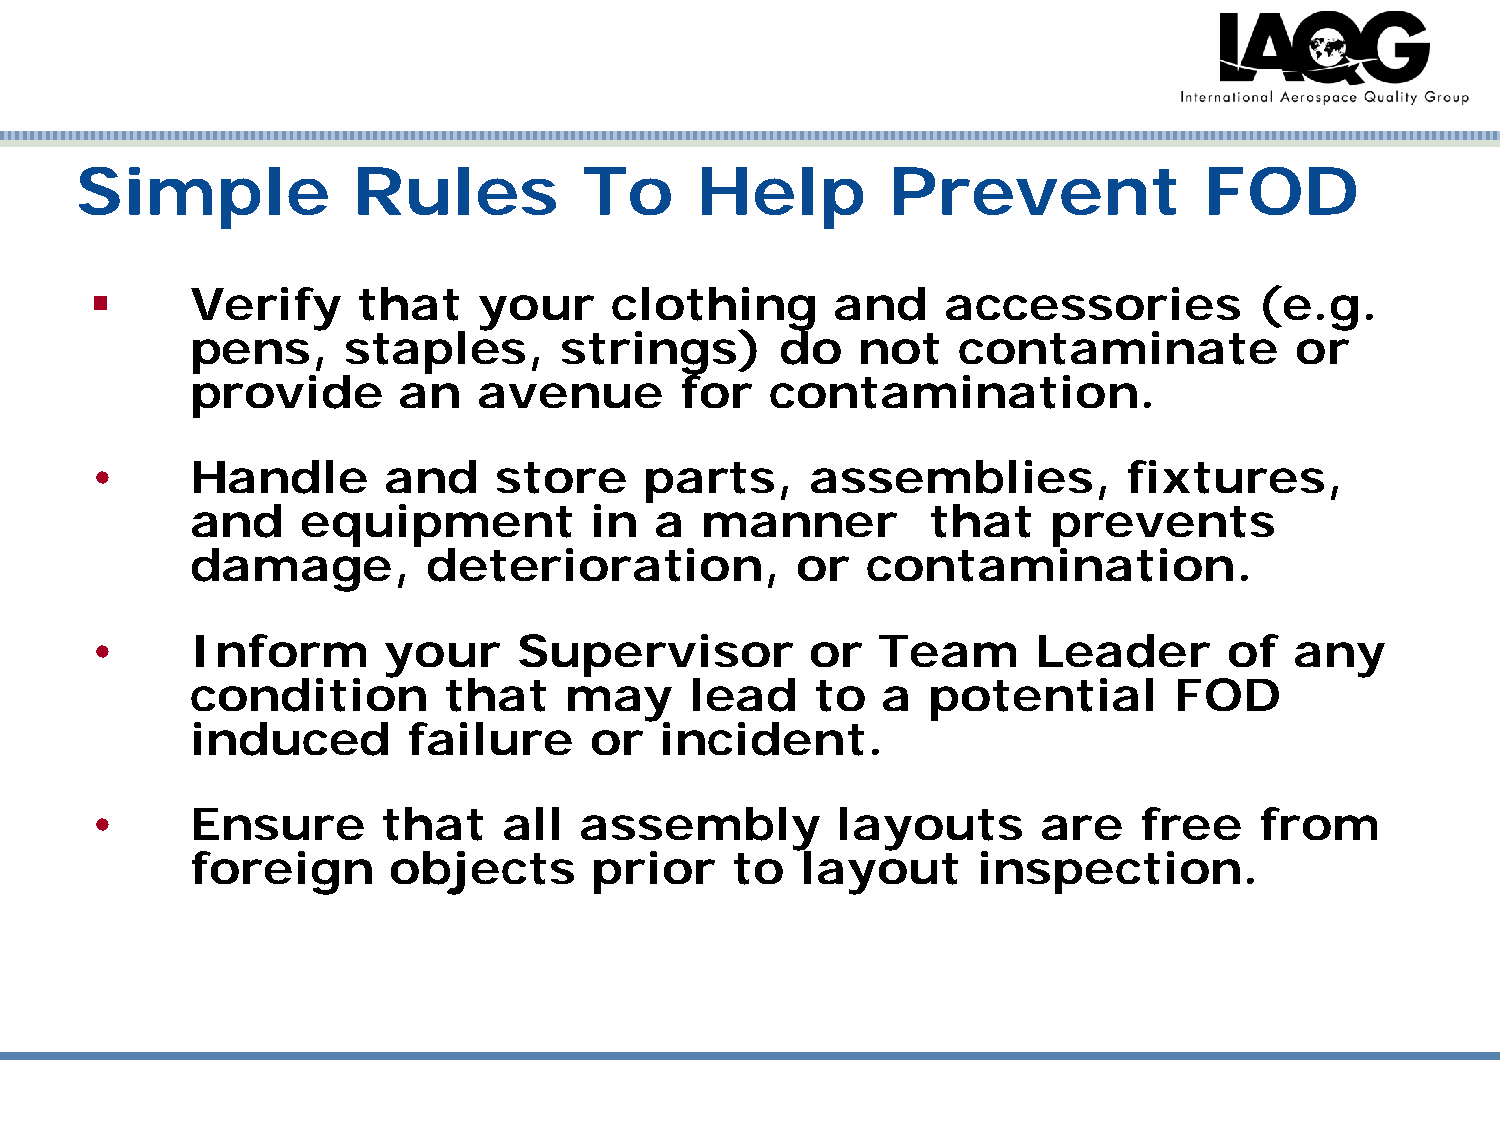
Simple            Rules           To     Help         Prevent              FOD
       Verify     that    your    clothing       and     accessories         (e.g.
 pens,     staples,      strings)       do   not   contaminate            or
 provide      an    avenue       for   contamination.
 •      Handle      and     store     parts,     assemblies,          fixtures,
 and    equipment          in  a  manner          that    prevents
 damage,        deterioration,           or  contamination.
 •      Inform      your     Supervisor          or  Team       Leader      of   any
 condition       that    may      lead    to  a  potential        FOD
 induced       failure     or   incident.
 •      Ensure      that    all  assembly         layouts       are    free   from
 foreign      objects      prior     to  layout      inspection.